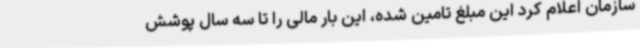
سازمان اعلام کرد این مبلغ تامین شده، این بار مالی را تا سه سال پوشش